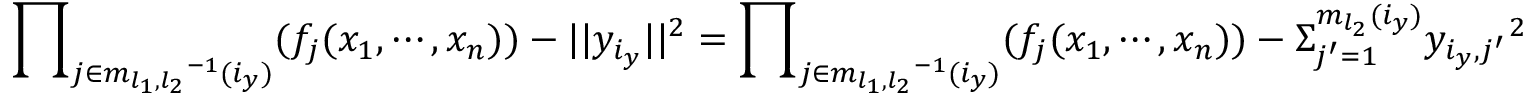
{ \prod } _ { j \in { m _ { l _ { 1 } , l _ { 2 } } } ^ { - 1 } ( i _ { y } ) } ( f _ { j } ( x _ { 1 } , \cdots , x _ { n } ) ) - | | y _ { i _ { y } } | | ^ { 2 } = { \prod } _ { j \in { m _ { l _ { 1 } , l _ { 2 } } } ^ { - 1 } ( i _ { y } ) } ( f _ { j } ( x _ { 1 } , \cdots , x _ { n } ) ) - { \Sigma } _ { j ^ { \prime } = 1 } ^ { m _ { l _ { 2 } } ( i _ { y } ) } { y _ { i _ { y } , j ^ { \prime } } } ^ { 2 }